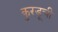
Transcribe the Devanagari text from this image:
कुरडूची